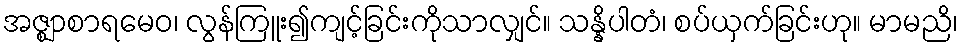
အဇ္ဈာစာရမေဝ၊ လွန်ကြူး၍ကျင့်ခြင်းကိုသာလျှင်။ သန္နိပါတံ၊ စပ်ယှက်ခြင်းဟု။ မာမညိ၊